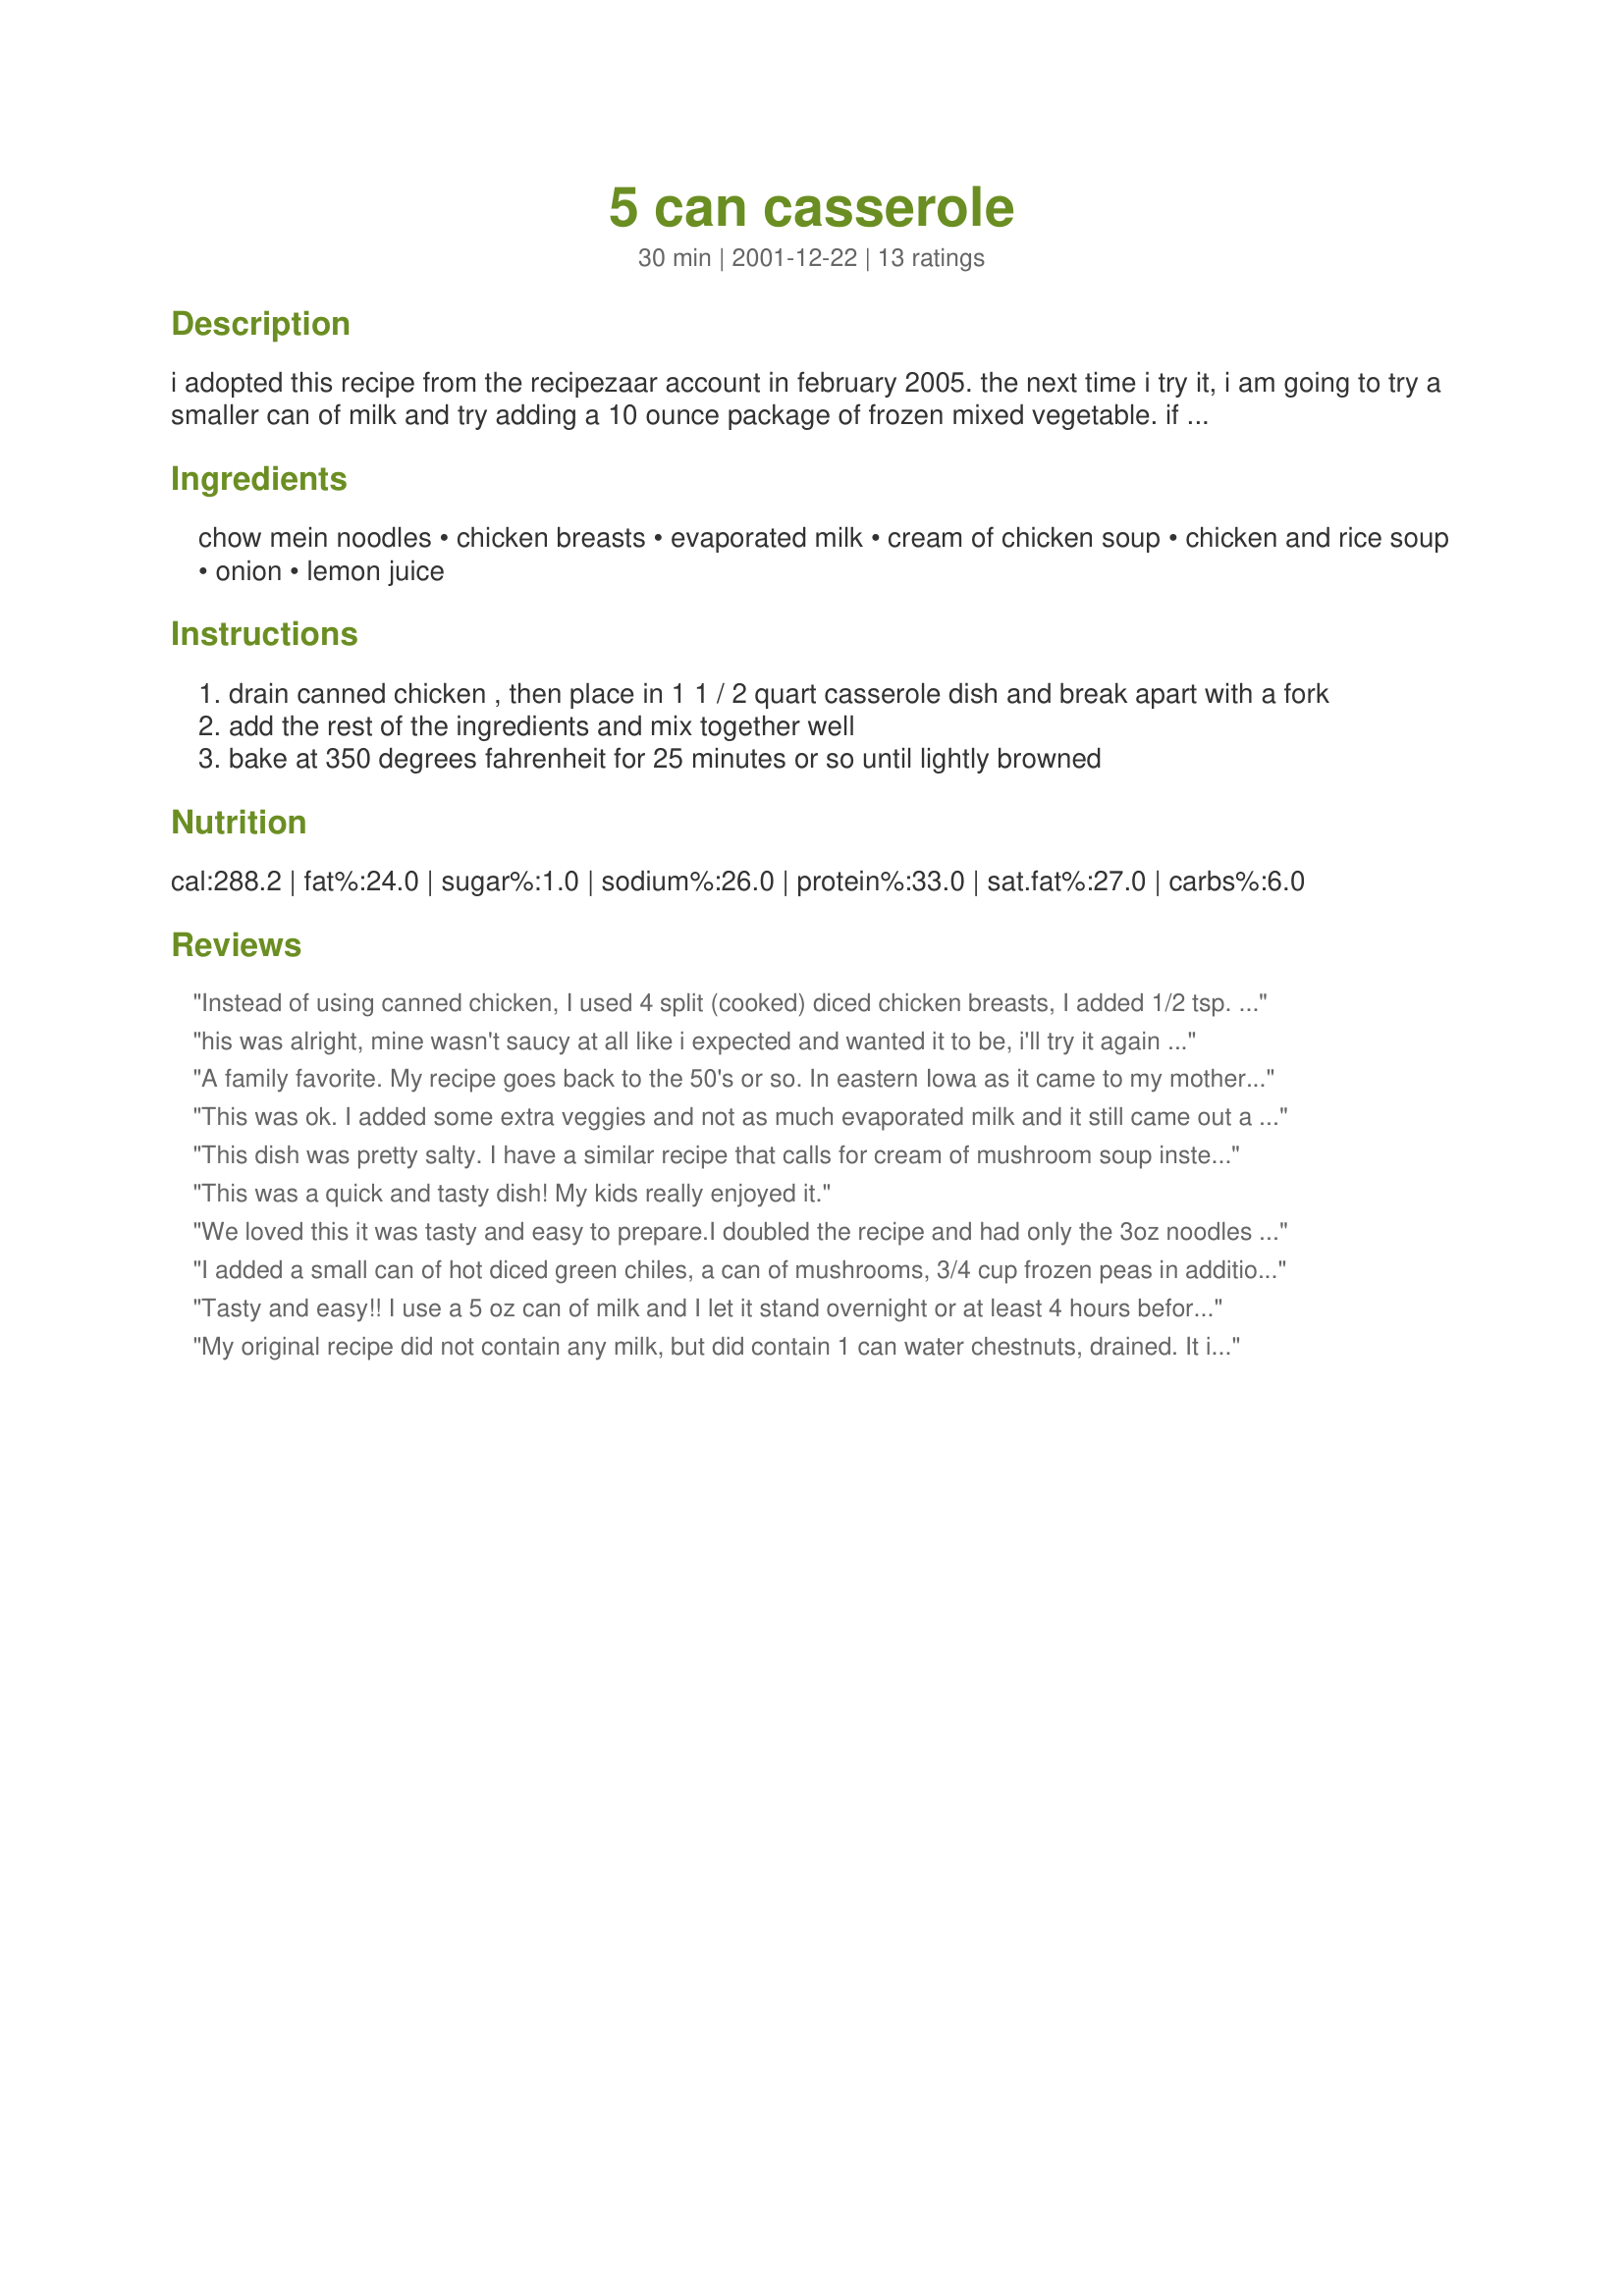
5 can casserole
Preparation time: 30 minutes

i adopted this recipe from the recipezaar account in february 2005. the next time i try it, i am going to try a smaller can of milk and try adding a 10 ounce package of frozen mixed vegetable. if i like it that way, they will become an optional ingredient. i have added can sizes, since the original recipe did not specify sizes. the casserole was soupy, which was not bad, but i want to see how it is with the smaller amount of milk.

Ingredients:
chow mein noodles, chicken breasts, evaporated milk, cream of chicken soup, chicken and rice soup, onion, lemon juice

Steps:
drain canned chicken , then place in 1 1 / 2 quart casserole dish and break apart with a fork
add the rest of the ingredients and mix together well
bake at 350 degrees fahrenheit for 25 minutes or so until lightly browned

Reviews:
Instead of using canned chicken, I used 4 split (cooked) diced chicken breasts, I added 1/2 tsp. thyme and think this would be even more enjoyable with pimentos and mushrooms.
Thank You Grandmaof1!
his was alright, mine wasn't saucy at all like i expected and wanted it to be, i'll try it again though maybe with an extra can of cream chicken soup
A family favorite. My recipe goes back to the 50's or so. In eastern Iowa as it came to my mother, it was one can cream of mushroom soup, one can chicken with rice soup, one can tuna flaked, one small can evaporated milk, and about 1/2 package of chow mein noodles (it was originally a can of chow mein noodles but I get La Choy in the bag now which will make two batches). The only change I ever made was to use a large can of drained and flaked tuna for more flavor and sometimes substitute chicken with stars (they still make it) and once chicken noodle soup. Yes, we sprinkled part of the chow mein noodles on top the last 5 minutes. I came to check the baking time and was happy to see a version still exists but I think I much prefer the tuna instead of chicken for flavor. Am going to make soon and will try to post a photo.
This was ok. I added some extra veggies and not as much evaporated milk and it still came out a little soupy. Next time I will probably add some more to it. It's a good starter recipe. Where to go from here is endless..
This dish was pretty salty. I <br/> have a similar recipe that calls for cream of mushroom soup instead of the chicken rice and canned mushrooms and french fried onion rings. Made for the Zaar Cookbook cooking tag game.
This was a quick and tasty dish! My kids really enjoyed it.
We loved this it was tasty and easy to prepare.I doubled the recipe and had only the 3oz noodles so I added half a can of Durkees cheddar onions.We also added one can of water chestnuts and decided next time to add peas and mushrooms as well.Thanks.
I added a small can of hot diced green chiles, a can of mushrooms, 3/4 cup frozen peas in addition to using the 1/2 tsp thyme. Good results.
Tasty and easy!! I use a 5 oz can of milk and I let it stand overnight or at least 4 hours before baking 325 for 1 hour. I also add buttered bread crumbs or crushed potato chips on top.
My original recipe did not contain any milk, but did contain 1 can water chestnuts, drained.
It is a delicious dish.
Thanks for listing it.
This is a good, solid "pantry meal" that my family enjoyed. It is a bit high in carbs, and not my personal favorite, but I will probably keep the ingredients on hand for those emergency nights. One note, I remember the original recipe called for some kind of veggies instead of the Chicken & Rice soup, and I really hated the rice in it, so I might make that modification next time. I did use the onions, since I had some in the fridge. I also stirred half of the Chinese noodles into the mixture & sprinkled the other half on top (another distant memory).
Loved the dish. Will make it again, using more veggies. Thanks!
Glad I found this one! I needed to use up a can of chow mein noodles and did a search for recipes. When I saw this one, I just happened to have the other ingredients on hand so it was a no-brainer...I had to try it. I listened to the other reviewers and added a can of mushrooms (stems & pieces), diced green chiles, and I also threw in a can of diced POTATOES. <--that was GENIUS! LOL I changed another thing, too. I only used 1/2 can of the milk as was suggested by OP-it came out 'thick' like a casserole and not soupy like one of the pictures. I also substituted a "soup at hand" container of CHICKEN & Mini Noodles instead of chicken & rice soup because I was being BRAVE. Oh, and added 12 minutes to the cook time. This tasted SO yummy! Will make again for sure! Thank you!
